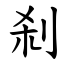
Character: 刹